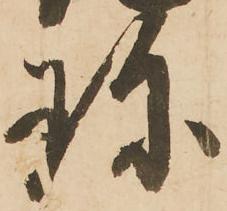
珍